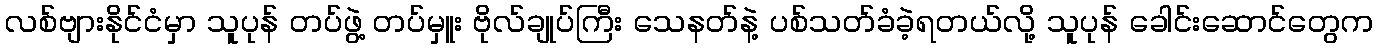
လစ်ဗျားနိုင်ငံမှာ သူပုန် တပ်ဖွဲ့ တပ်မှူး ဗိုလ်ချုပ်ကြီး သေနတ်နဲ့ ပစ်သတ်ခံခဲ့ရတယ်လို့ သူပုန် ခေါင်းဆောင်တွေက